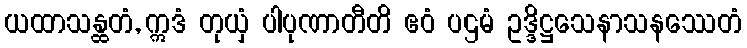
ယထာသန္ထတံ, ဣဒံ တုယှံ ပါပုဏာတီတိ ဧဝံ ပဌမံ ဥဒ္ဒိဋ္ဌသေနာသနဿေတံ